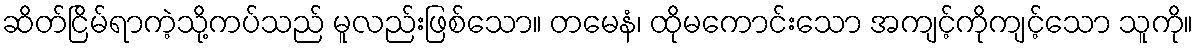
ဆိတ်ငြိမ်ရာကဲ့သို့ကပ်သည် မူလည်းဖြစ်သော။ တမေနံ၊ ထိုမကောင်းသော အကျင့်ကိုကျင့်သော သူကို။